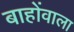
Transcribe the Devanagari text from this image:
बाहोंवाला